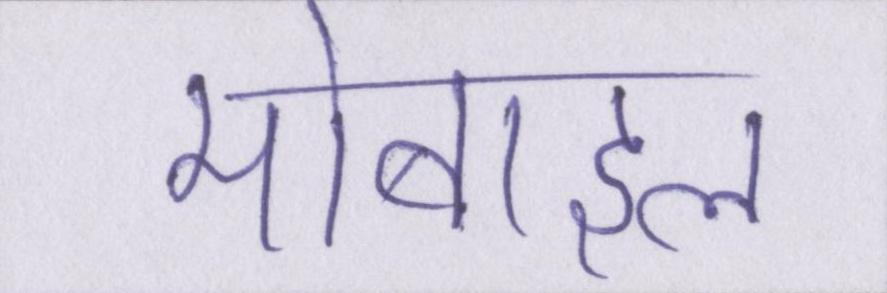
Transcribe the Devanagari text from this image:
मोबाइल